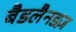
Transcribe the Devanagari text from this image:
बैडलैनडज़